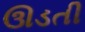
ઊડતી